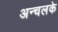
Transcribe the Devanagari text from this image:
अन्चलके